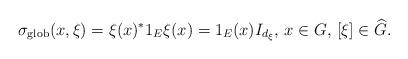
LaTeX: \begin{align*} \sigma_{\textnormal{glob}}(x,\xi)=\xi(x)^*1_E\xi(x)=1_E(x)I_{d_\xi},\,x\in G,\, [\xi]\in \widehat{G}.\end{align*}